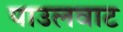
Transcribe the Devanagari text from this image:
पाउलवाट